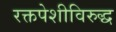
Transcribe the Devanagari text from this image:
रक्तपेशीविरुद्ध